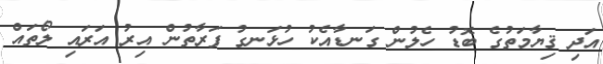
އަދި ޤިޔާމަތުގެ ބޮޑު ހެލުން ގަނޑާއެކު ހުޅަނގު ފަރާތުން އިރު އަރައި ލޯތައް